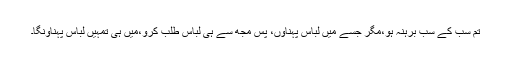
تم سب کے سب برہنہ ہو،مگر جسے میں لباس پہناؤں، پس مجھ سے ہی لباس طلب کرو،میں ہی تمہیں لباس پہناؤنگا۔